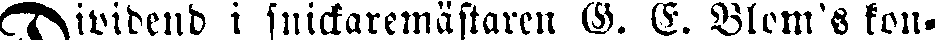
Dividend i snickaremästaren G. E. Blom's kon-